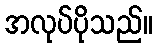
အလုပ်ပိုသည်။